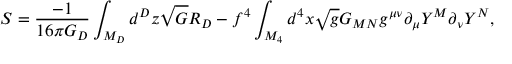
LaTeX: S = \frac { - 1 } { 1 6 \pi G _ { D } } \int _ { M _ { D } } d ^ { D } z \sqrt { G } R _ { D } - f ^ { 4 } \int _ { M _ { 4 } } d ^ { 4 } x \sqrt { g } G _ { M N } g ^ { \mu \nu } \partial _ { \mu } Y ^ { M } \partial _ { \nu } Y ^ { N } ,